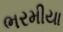
ભરમીયા